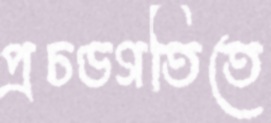
প্রচণ্ডগতিতে